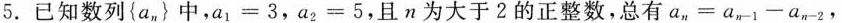
5.已知数列\left \{ a_{n} \right \} 中，a_{1}=3，a_{2}=5，且n为大于2的正整数，总有$$a_{n} = a_{n - 1} - a_{n - 2}$$，